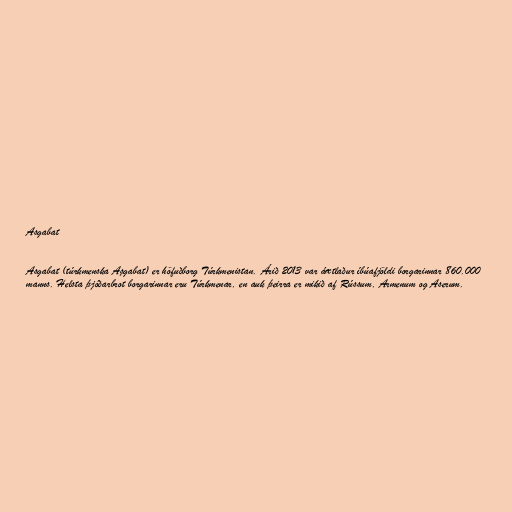
Asgabat

Asgabat (túrkmenska Aşgabat) er höfuðborg Túrkmenistan. Árið 2013 var áætlaður íbúafjöldi borgarinnar 860.000
manns. Helsta þjóðarbrot borgarinnar eru Túrkmenar, en auk þeirra er mikið af Rússum, Armenum og Aserum.